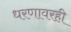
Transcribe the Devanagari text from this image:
धरणावरही